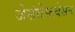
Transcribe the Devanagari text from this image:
जेसंधेस्टवेसन